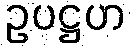
ဥပဋ္ဌဟ